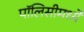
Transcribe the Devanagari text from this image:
पॉलिसीमध्ये